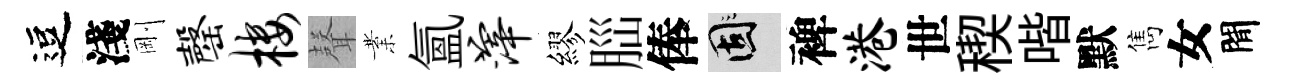
逗淺剛罄楼𮋻業氲滓繆𦛁俸固裨港世稧喈默雋女閒